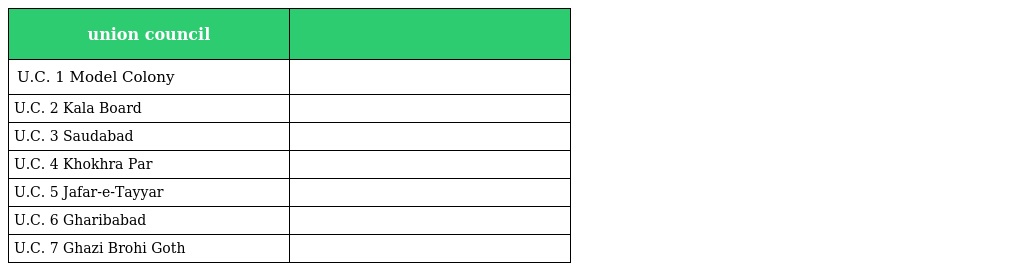
| union council |  |
 | --- | --- |
 | U.C. 1 Model Colony |  |
 | U.C. 2 Kala Board |  |
 | U.C. 3 Saudabad |  |
 | U.C. 4 Khokhra Par |  |
 | U.C. 5 Jafar-e-Tayyar |  |
 | U.C. 6 Gharibabad |  |
 | U.C. 7 Ghazi Brohi Goth |  |